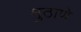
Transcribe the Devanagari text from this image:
मुठाणे